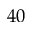
4 0